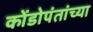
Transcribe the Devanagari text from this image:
कोंडोपंतांच्या